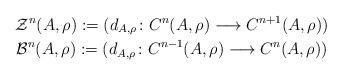
LaTeX: \begin{gather*}\mathcal{Z}^n(A,\rho):= (d_{A,\rho}\colon C^n(A,\rho)\longrightarrow C^{n+1}(A,\rho))\\\mathcal{B}^n(A,\rho):= (d_{A,\rho}\colon C^{n-1}(A,\rho)\longrightarrow C^n(A,\rho))\end{gather*}